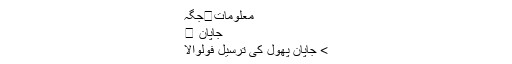
معلومات	جگہ
جاپان ∇
> جاپان پھول کی ترسیل فولوالا